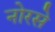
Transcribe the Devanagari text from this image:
नोरसे